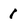
Character: 1